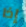
إذا